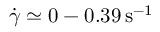
\dot { \gamma } \simeq 0 - 0 . 3 9 \, { \mathrm { s } } ^ { - 1 }